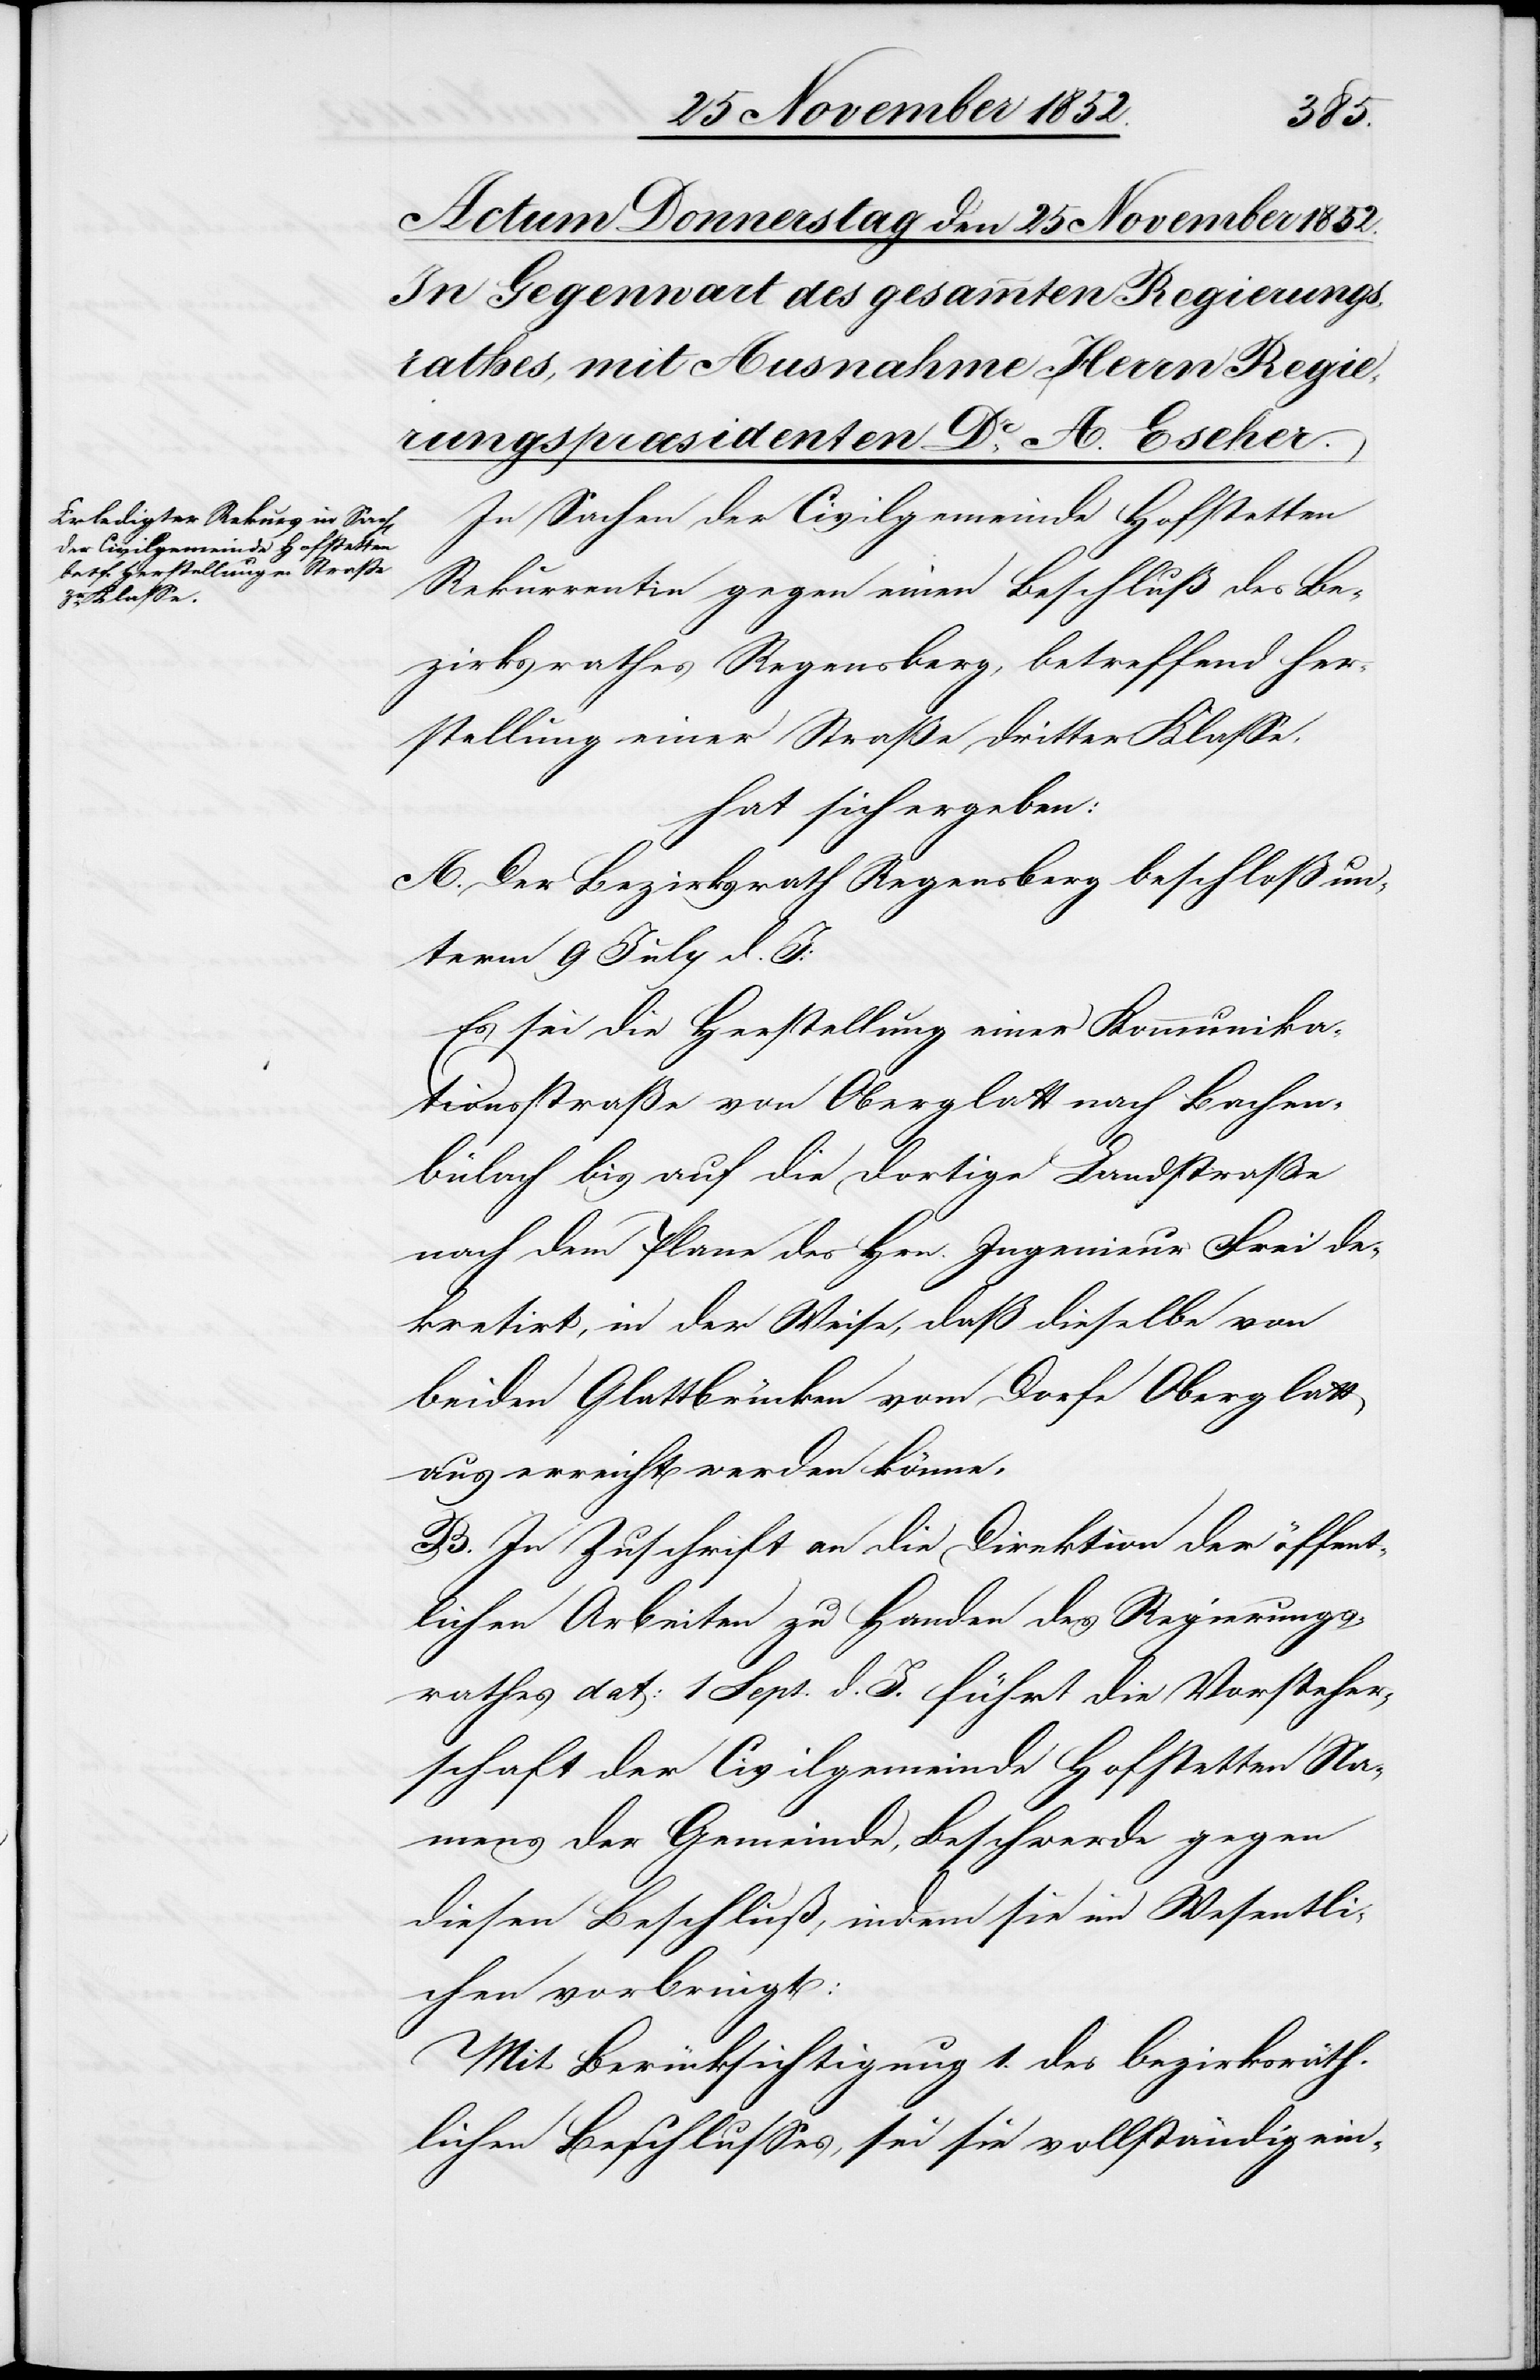
In Sachen der Civilgemeinde Hofstetten
Rekurrentin gegen einen Beschluß des Be¬
zirksrathes Regensberg, betreffend Her¬
stellung einer Straße dritter Klasse,
hat sich ergeben:
A. Der Bezirksrath Regensberg beschloß un¬
term 9 July d. J:
Es sei die Herstellung einer Kommunika¬
tionsstraße von Oberglatt nach Bachen¬
bülach bis auf die dortige Landstraße
nach dem Plane des Hrn. Ingenieur Frei de¬
kretirt, in der Weise, daß dieselbe von
beiden Glattbrücken vom Dorfe Oberglatt
aus erreicht werden könne.
B. In Zuschrift an die Direktion der öffent¬
lichen Arbeiten zu Handen des Regierungs¬
rathes dat: 1 Sept. d. J. führt die Vorsteher¬
schaft der Civilgemeinde Hofstetten Na¬
mens der Gemeinde, Beschwerde gegen
diesen Beschluß, indem sie im Wesentli¬
chen vorbringt:
Mit Berücksichtigung 1. des bezirksräth¬
lichen Beschlusses, sei sie vollständig ein-